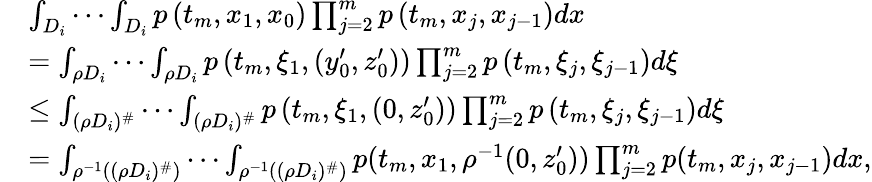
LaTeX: \begin{array}{rl}&{\int_{D_{i}}\cdots\int_{D_{i}}p\left(t_{m},x_{1},x_{0}\right)\prod_{j=2}^{m}p\left(t_{m},x_{j},x_{j-1}\right)dx}\\ &{=\int_{\rho D_{i}}\cdots\int_{\rho D_{i}}p\left(t_{m},\xi_{1},(y_{0}^{\prime},z_{0}^{\prime})\right)\prod_{j=2}^{m}p\left(t_{m},\xi_{j},\xi_{j-1}\right)d\xi}\\ &{\le\int_{(\rho D_{i})^{\# }}\cdots\int_{(\rho D_{i})^{\# }}p\left(t_{m},\xi_{1},(0,z_{0}^{\prime})\right)\prod_{j=2}^{m}p\left(t_{m},\xi_{j},\xi_{j-1}\right)d\xi}\\ &{=\int_{\rho^{-1}((\rho D_{i})^{\# })}\cdots\int_{\rho^{-1}((\rho D_{i})^{\# })}p(t_{m},x_{1},\rho^{-1}(0,z_{0}^{\prime}))\prod_{j=2}^{m}p(t_{m},x_{j},x_{j-1})dx,}\end{array}